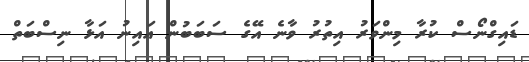
ޑައިގްނޯސް ކުރާ މިންވަރު އިތުރު ވާނެ އޭގެ ސަބަބުން އައިނު އަޅާ ނިސްބަތް